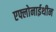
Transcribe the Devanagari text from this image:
एफ्लोनाईथीन